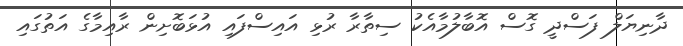
ދާނިޔަލް ފަސްދީ ގޮސް އޮބާލުމާއެކު ސިތާރާ ރުޅި އައިސްފައި އުޅަބޮށިން ރާއިމާގެ އަތުގައި